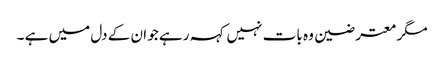
مگر معترضین وہ بات نہیں کہہ رہے جو ان کے دل میں ہے ۔